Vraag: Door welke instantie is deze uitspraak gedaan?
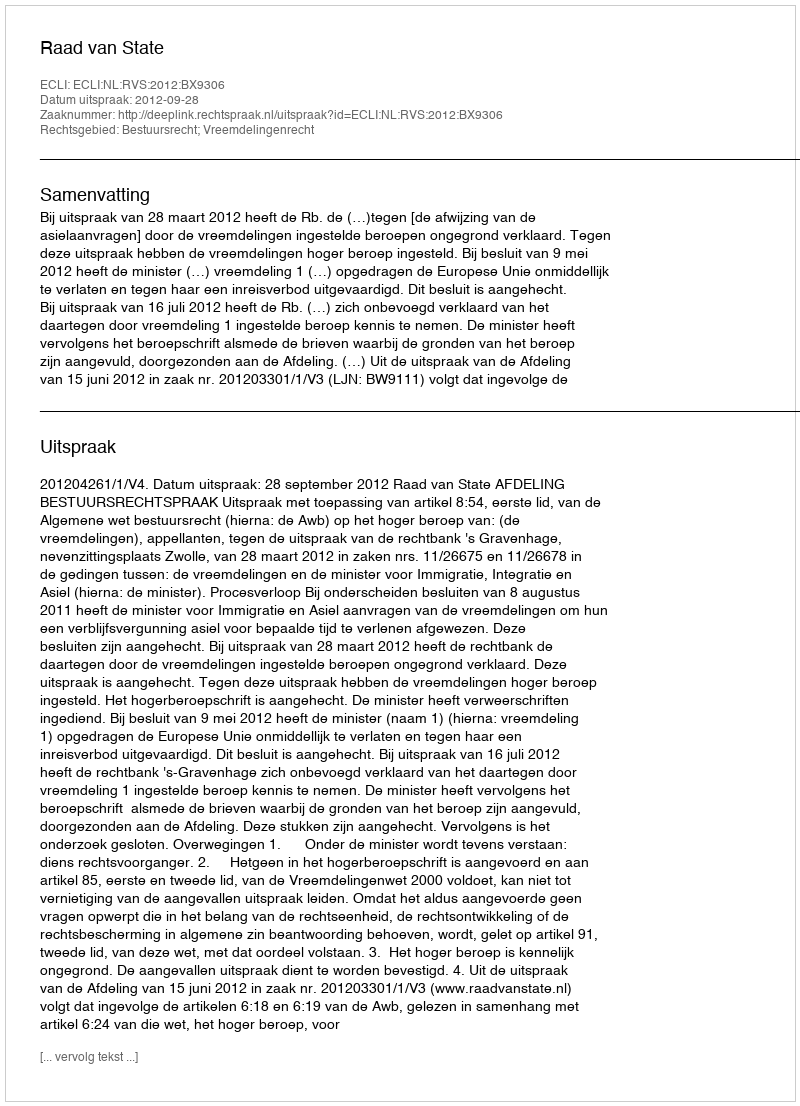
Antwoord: Raad van State